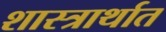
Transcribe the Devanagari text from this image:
शास्त्रार्थात